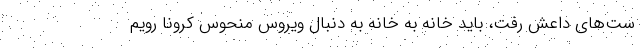
ست‌های داعش رفت، باید خانه به خانه به دنبال ویروس منحوس کرونا رویم